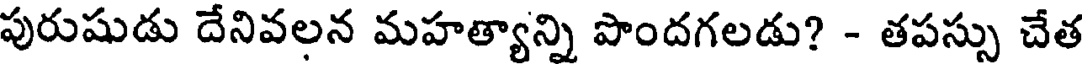
పురుషుడు దేనివలన మహత్యాన్ని పొందగలడు? - తపస్సు చేత